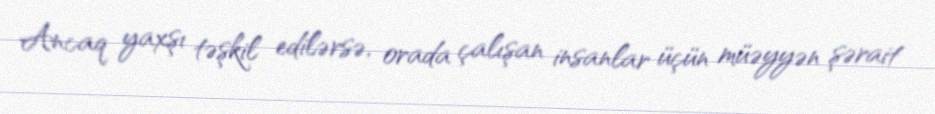
Ancaq yaxşı təşkil edilərsə, orada çalışan insanlar üçün müəyyən şərait